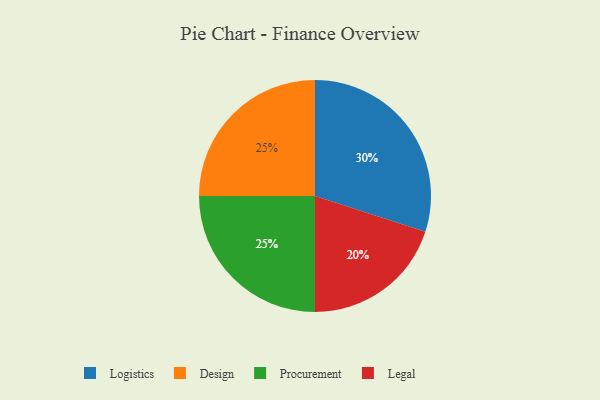
{"axis": {"x": "Category", "y": "Percentage"}, "legend": ["Design", "Legal", "Logistics", "Procurement"], "data": [{"x": "Logistics", "y": 30, "type": "Logistics"}, {"x": "Legal", "y": 20, "type": "Legal"}, {"x": "Design", "y": 25, "type": "Design"}, {"x": "Procurement", "y": 25, "type": "Procurement"}]}